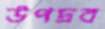
উপদ্রব